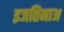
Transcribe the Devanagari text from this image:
इजतिमाअ